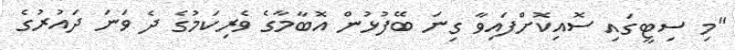
"މި ސިޓީގައި ސޮއިކޮށްފައިވާ ގިނަ ބޭފުޅުން އޮބާމާގެ ވެރިކަމުގެ ދެ ވަނަ ދައުރުގެ